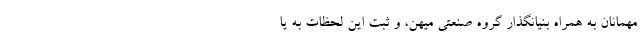
مهمانان به همراه بنیانگذار گروه صنعتی میهن، و ثبت این لحظات به یا